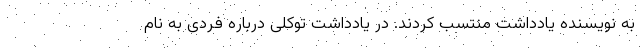
به نویسنده یادداشت منتسب کردند. در یادداشت توکلی درباره فردی به نام